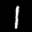
Label: 1